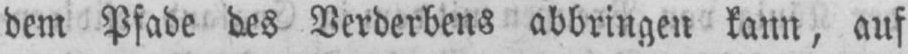
dem Pfade des Verderbens abbringen kann, auf